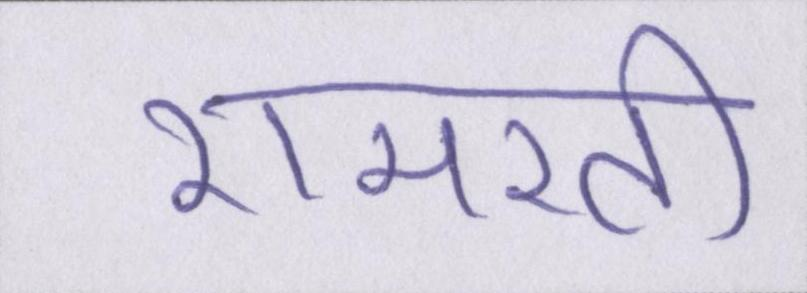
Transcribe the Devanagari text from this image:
रामरती